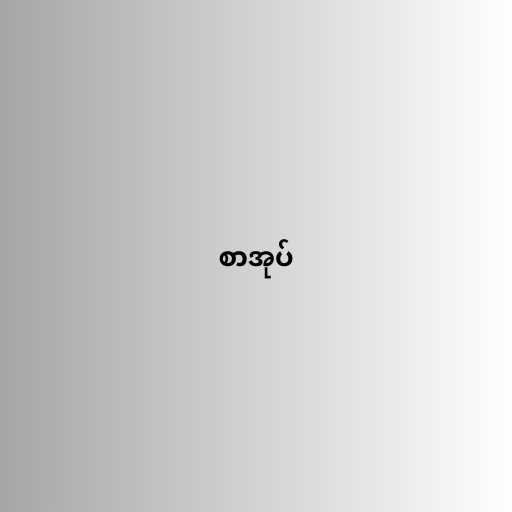
စာအုပ်